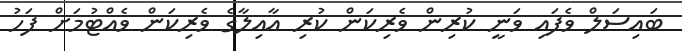
ބައިސަލް ވެފައި ވަނީ ކުރިން ވެރިކަން ކުރި އާއިލާގެ ވެރިިކަން ވެއްޓުމަށް ފަހު